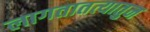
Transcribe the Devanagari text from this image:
लागतातत्यातुन